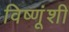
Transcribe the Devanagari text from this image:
विष्णूंशी